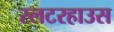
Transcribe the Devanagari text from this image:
स्लटरहाउस